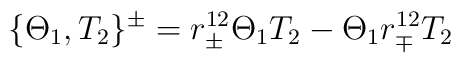
\{\Theta_1,T_2\}^{\pm}=r^{12}_{\pm}\Theta_1T_2-\Theta _1r^{12}_{\mp}T_2